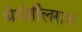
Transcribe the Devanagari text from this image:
धेर्यशीलराव